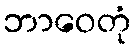
ဘာဝေတုံ